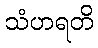
သံဟရတိ